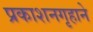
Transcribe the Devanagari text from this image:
प्रकाशनगृहाने